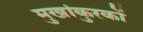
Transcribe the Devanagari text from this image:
मुखांकुरकों